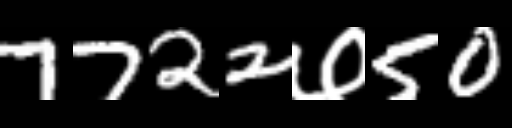
Text: 7722७50